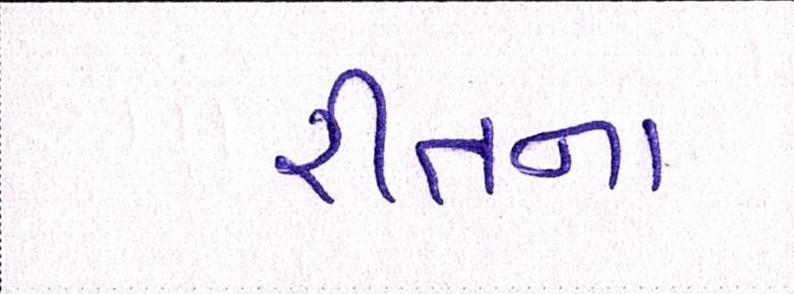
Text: રીતના